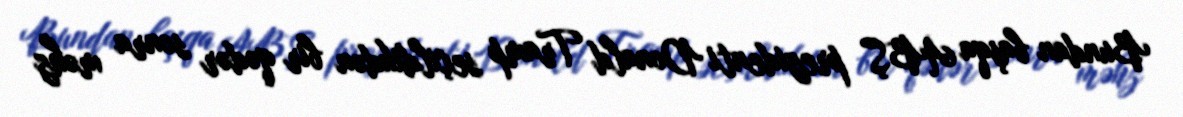
Bundan başqa ABŞ prezidenti Donald Tramp seçildikdən bir qədər sonra məhz